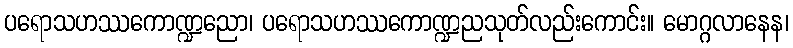
ပရောသဟဿကောဏ္ဍညော၊ ပရောသဟဿကောဏ္ဍညသုတ်လည်းကောင်း။ မောဂ္ဂလာနေန၊